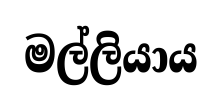
මල්ලියාය